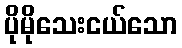
ပိုမိုသေးငယ်သော